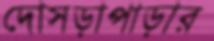
দোসড়াপাড়ার